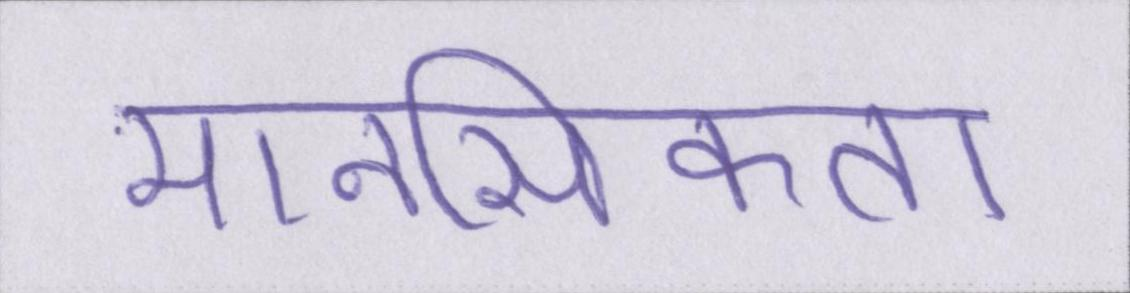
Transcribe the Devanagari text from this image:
मानसिकता